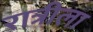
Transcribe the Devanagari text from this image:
रात्रीला